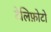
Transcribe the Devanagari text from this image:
टेलिफ़ोटो